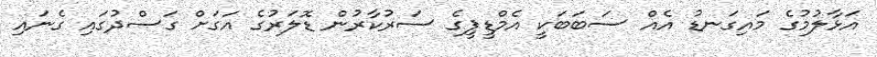
އަޅާލުމުގެ މައިގަނޑު އެއް ސަބަބަކީ އެމްޑީޕީގެ ސަރުކާރުން ޑޮލަރުގެ އަގަށް ގަސްދުގައި ގެނައި